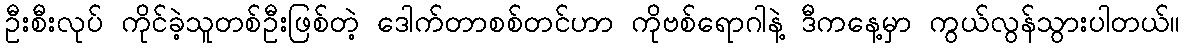
ဦးစီးလုပ် ကိုင်ခဲ့သူတစ်ဦးဖြစ်တဲ့ ဒေါက်တာစစ်တင်ဟာ ကိုဗစ်ရောဂါနဲ့ ဒီကနေ့မှာ ကွယ်လွန်သွားပါတယ်။